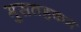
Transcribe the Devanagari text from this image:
मुसतहकम